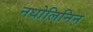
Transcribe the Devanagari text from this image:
नधोलिनिन